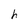
Character: h